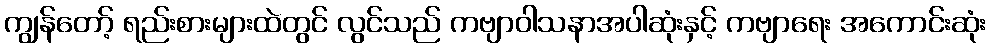
ကျွန်တော့် ရည်းစားများထဲတွင် လွင်သည် ကဗျာဝါသနာအပါဆုံးနှင့် ကဗျာရေး အကောင်းဆုံး